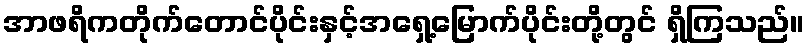
အာဖရိကတိုက်တောင်ပိုင်းနှင့်အရှေ့မြောက်ပိုင်းတို့တွင် ရှိကြသည်။